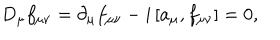
LaTeX: D _ { \mu } f _ { \mu \nu } = \partial _ { \mu } f _ { \mu \nu } - i \left[ a _ { \mu } , f _ { \mu \nu } \right] = 0 ,